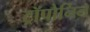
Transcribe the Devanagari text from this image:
ट्रॉपोनिन